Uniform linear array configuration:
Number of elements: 64
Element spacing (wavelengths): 0.5
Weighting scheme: blackman
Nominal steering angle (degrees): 60
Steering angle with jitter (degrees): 59.432
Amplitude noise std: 0.05
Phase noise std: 0.05

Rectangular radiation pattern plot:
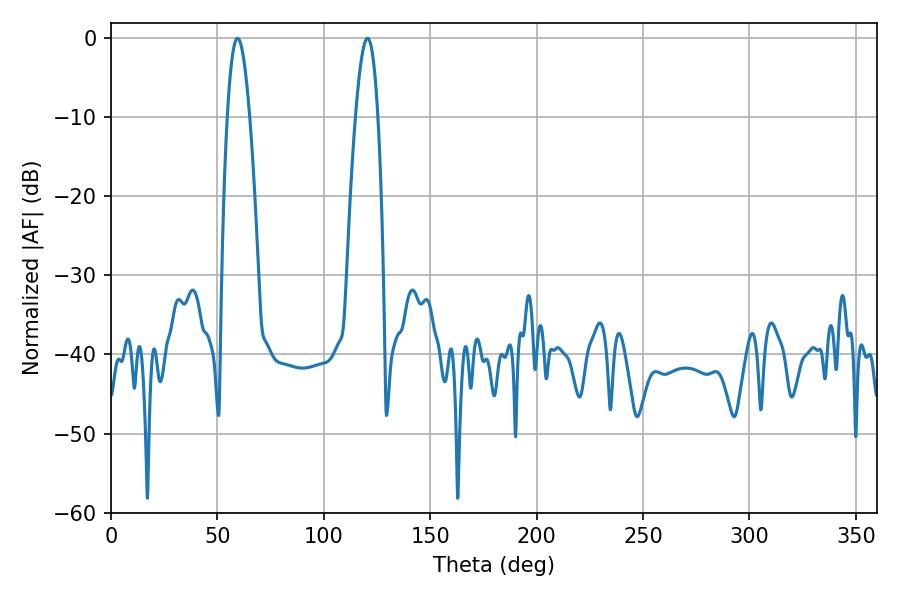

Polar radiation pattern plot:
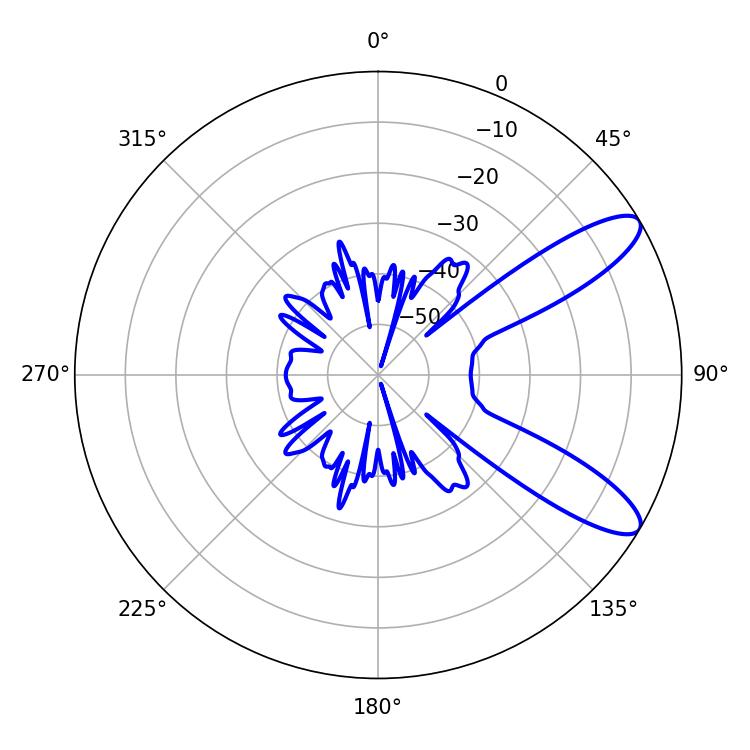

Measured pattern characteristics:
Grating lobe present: FALSE
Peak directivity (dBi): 10.274
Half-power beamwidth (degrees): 5.76
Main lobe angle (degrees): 59.4